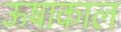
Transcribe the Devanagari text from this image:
ऊषाकाल